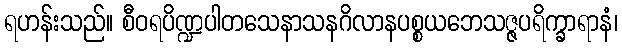
ရဟန်းသည်။ စီဝရပိဏ္ဍပါတသေနာသနဂိလာနပစ္စယဘေသဇ္ဇပရိက္ခာရာနံ၊